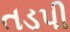
તડપી